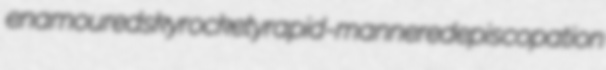
enamoured skyrockety rapid-mannered episcopation